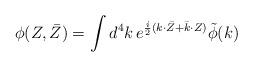
LaTeX: \begin{align*}\phi(Z,\bar{Z}) = {\int{d^4k}}\, e^{\frac{i}{2} (k{\cdot}\bar{Z} +\bar{k}{\cdot}Z)} \tilde{\phi} (k)\end{align*}